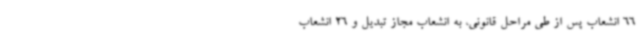
66 انشعاب پس از طی مراحل قانونی، به انشعاب مجاز تبدیل و 26 انشعاب